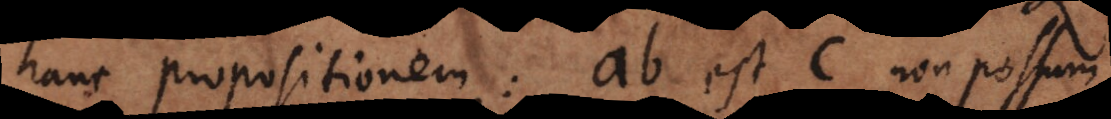
hanc propositionem: ab est c non possum